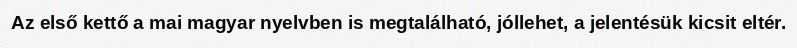
Az első kettő a mai magyar nyelvben is megtalálható, jóllehet, a jelentésük kicsit eltér.